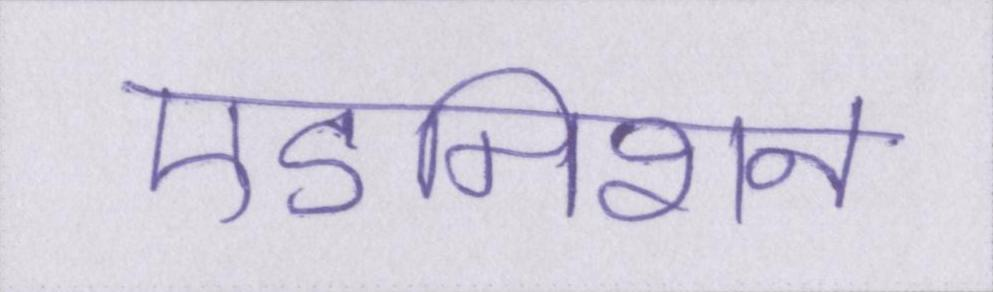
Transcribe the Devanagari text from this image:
एडमिशन